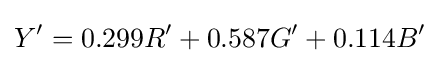
Y^{\prime }=0.299R^{\prime }+0.587G^{\prime }+0.114B^{\prime }